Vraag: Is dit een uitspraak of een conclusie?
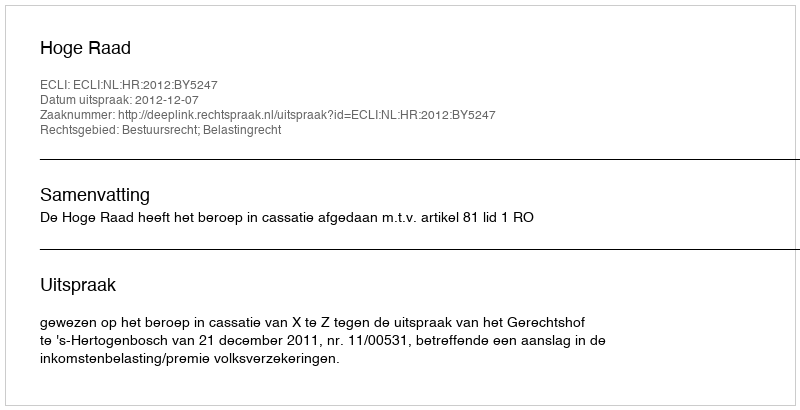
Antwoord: Uitspraak